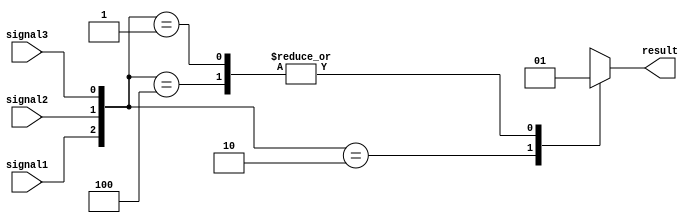
module priority_case_statement (
    input wire signal1,
    input wire signal2,
    input wire signal3,
    output reg result
);

always @* begin
    case({signal1, signal2, signal3})
        {1'b1, 1'b0, 1'b0}: result = 1'b1; // Case statement 1
        {1'b0, 1'b1, 1'b0}: result = 1'b0; // Case statement 2
        {1'b0, 1'b0, 1'b1}: result = 1'b1; // Case statement 3
        default: result = 1'bx; // Default behavior if no case statements are met
    endcase
end
endmodule